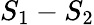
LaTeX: S_{1}-S_{2}